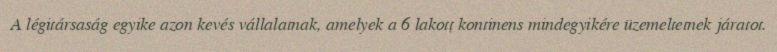
A légitársaság egyike azon kevés vállalatnak, amelyek a 6 lakott kontinens mindegyikére üzemeltetnek járatot.